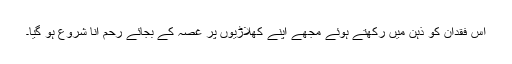
اس فقدان کو ذہن میں رکھتے ہوئے مجھے اپنے کھلاڑیوں پر غصہ کے بجائے رحم آنا شروع ہو گیا۔